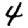
Digit: 4